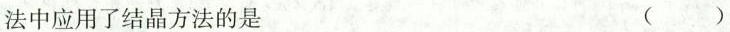
法中应用了结晶方法的是 ()